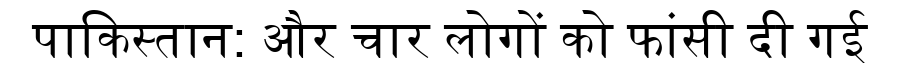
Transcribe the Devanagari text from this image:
पाकिस्तान: और चार लोगों को फांसी दी गई